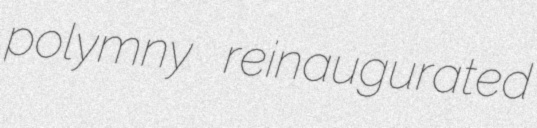
polymny reinaugurated